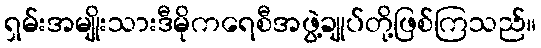
ရှမ်းအမျိုးသားဒီမိုကရေစီအဖွဲ့ချုပ်တို့ဖြစ်ကြသည်။